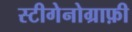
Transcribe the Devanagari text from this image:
स्टीगेनोग्राफ़ी